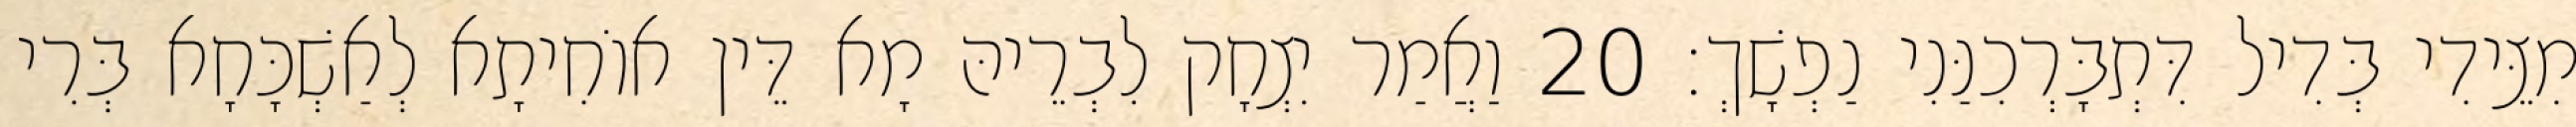
מִצֵּידִי בְּדִיל דִּתְבָּרְכִנַּנִי נַפְשָׁךְ׃ 20 וַאֲמַר יִצְחָק לִבְרֵיהּ מָא דֵּין אוֹחִיתָא לְאַשְׁכָּחָא בְּרִי